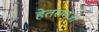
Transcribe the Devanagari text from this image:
हेतरामजी